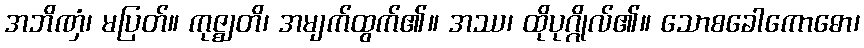
အဘိဏှံ၊ မပြတ်။ ကုဇ္ဈတိ၊ အမျက်ထွက်၏။ အဿ၊ ထိုပုဂ္ဂိုလ်၏။ သောစခေါကောဓော၊